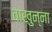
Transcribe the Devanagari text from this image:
वाखुन्ना